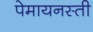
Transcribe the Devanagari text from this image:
पेमायनस्‍ती